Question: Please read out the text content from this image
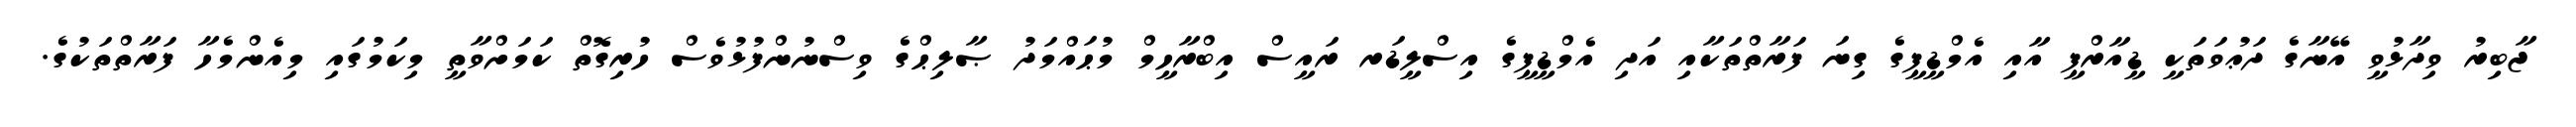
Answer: ޖާބިރު ވިދާޅުވީ އޭނާގެ ދަޢުވަތަކީ ޑީއާރްޕީ އާއި އެމްޑީޕީގެ ގިނަ ފަރާތްތަކާއި އަދި އެމްޑީޕީގެ އިސްލީޑަރ ރައީސް އިބްރާހީމް މުޙައްމަދު ޞާލިޙްގެ ވިސްނުންފުޅުވެސް ހުރިގޮތް ކަމަށްވާތީ މިކަމުގައި މިއެންމެހާ ފަރާތްތަކުގެ.